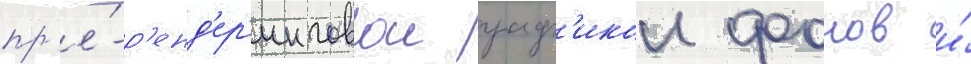
пр'е́-р'енд'ер'инговои граф'икои фонов и́